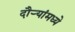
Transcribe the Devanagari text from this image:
दौऱ्यांमध्ये